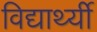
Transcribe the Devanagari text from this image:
विद्यार्थ्यी